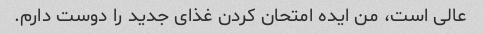
عالی است، من ایده امتحان کردن غذای جدید را دوست دارم.